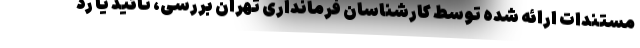
مستندات ارائه شده توسط کارشناسان فرمانداری تهران بررسی، تائید یا رد